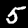
Label: 5